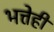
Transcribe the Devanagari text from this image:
भत्तेही